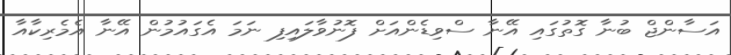
އަސާންޖް ބުނާ ގޮތުގައި އޭނާ ސްވިޑެންއަށް ފޮނުވާލައިފި ނަމަ އެގައުމުން އޭނާ އެމެރިކާއާ